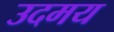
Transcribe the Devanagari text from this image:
उदमय